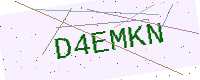
Text: D4EMKN